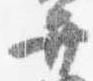
弁